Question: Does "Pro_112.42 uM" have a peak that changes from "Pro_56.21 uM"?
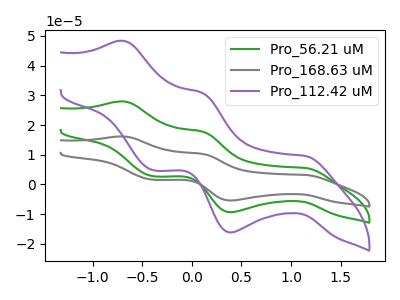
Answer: <think>The green curve "Pro_56.21 uM" has anodic peaks at (-0.70V, 27.95uA) (0.10V, 17.85uA) and cathodic peaks at (1.15V, 5.55uA) (0.40V, -9.35uA) (-0.40V, 2.75uA). The gray curve "Pro_168.63 uM" has anodic peaks at (-0.70V, 55.95uA) (0.10V, 35.70uA) and cathodic peaks at (1.15V, 11.15uA) (0.40V, -18.65uA) (-0.40V, 5.55uA). The purple curve "Pro_112.42 uM" has anodic peaks at (-0.70V, 48.35uA) (0.10V, 30.90uA) and cathodic peaks at (1.15V, 9.65uA) (0.40V, -16.15uA) (-0.40V, 4.80uA).
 All the peaks in "Pro_112.42 uM" have a peak in "Pro_56.21 uM" at the same potential.</think>
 <answer>No, "Pro_112.42 uM" and "Pro_56.21 uM" don't appear to be significantly different in shape</answer>
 <eval>no_change</eval>